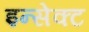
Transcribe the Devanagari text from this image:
इन्सेक्ट